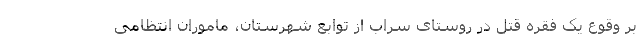
بر وقوع یک فقره قتل در روستای سراب از توابع شهرستان، ماموران انتظامی